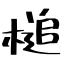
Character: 槌